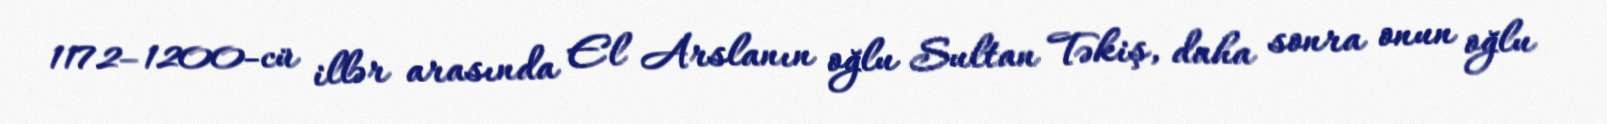
1172–1200-cü illər arasında El Arslanın oğlu Sultan Təkiş, daha sonra onun oğlu